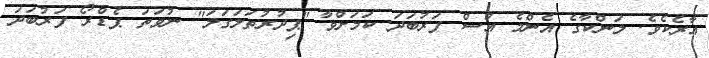
އާރެކެވެ. ލަންކާގެ އެންމެ އުސް ފަރުބަދަ ކަމަށްވާ "ޕިދުރުތަލަގަލަ" ނުވަތަ ޕެޑްރޯ ފަރުބަދަ